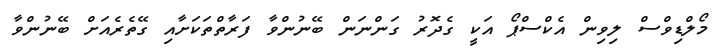
މޯލްޑިވްސް ލިވިން އެކްސްޕޯ އަކީ ގެދޮރު ގަންނަން ބޭނުންވާ ފަރާތްތަކަށާއި ގޭތެރެއަށް ބޭނުންވާ